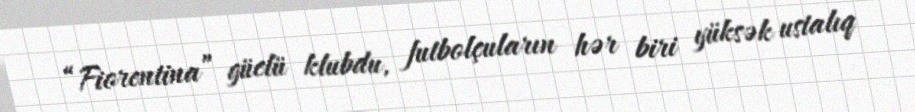
“Fiorentina” güclü klubdu, futbolçuların hər biri yüksək ustalıq